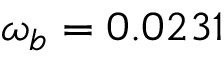
\omega _ { b } = 0 . 0 2 3 1